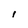
Character: l